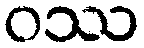
ဝဿ